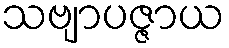
သဗျာပဇ္ဇာယ